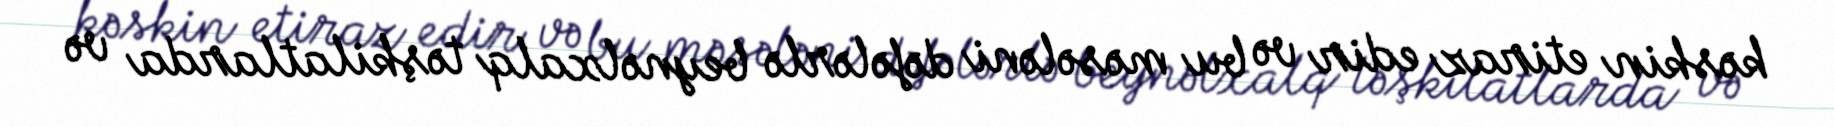
kəskin etiraz edir və bu məsələni dəfələrlə beynəlxalq təşkilatlarda və